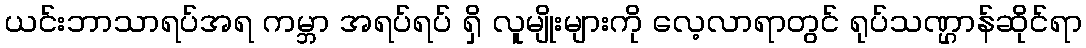
ယင်းဘာသာရပ်အရ ကမ္ဘာ အရပ်ရပ် ရှိ လူမျိုးများကို လေ့လာရာတွင် ရုပ်သဏ္ဌာန်ဆိုင်ရာ